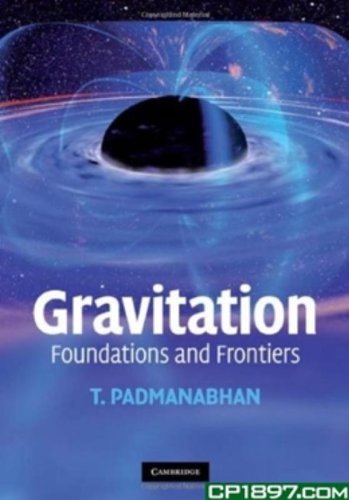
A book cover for Gravitation: Foundations and Frontiers; T. Padmanabhan; Science & Math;